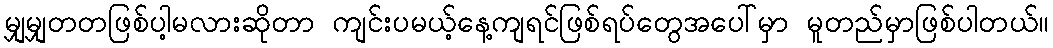
မျှမျှတတဖြစ်ပါ့မလားဆိုတာ ကျင်းပမယ့်နေ့ကျရင်ဖြစ်ရပ်တွေအပေါ်မှာ မူတည်မှာဖြစ်ပါတယ်။